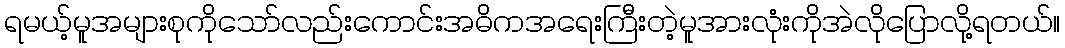
ရမယ့်မူအများစုကိုသော်လည်းကောင်းအဓိကအရေးကြီးတဲ့မူအားလုံးကိုအဲလိုပြောလို့ရတယ်။